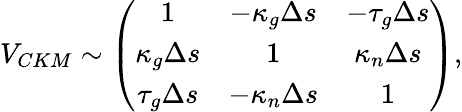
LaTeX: V_{CKM}\sim\left(\begin{array}{ccc}{{1}}&{{-\kappa_{g}\Delta s}}&{{-\tau_{g}\Delta s}}\\ {{\kappa_{g}\Delta s}}&{{1}}&{{\kappa_{n}\Delta s}}\\ {{\tau_{g}\Delta s}}&{{-\kappa_{n}\Delta s}}&{{1}}\end{array}\right),